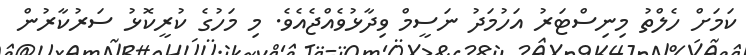
ކަމަށް ހެލްތު މިނިސްޓަރު އަހުމަދު ނަސީމް ވިދާޅުވެއްޖެއެވެ. މި މަހުގެ ކުރީކޮޅު ސަރުކާރުން